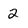
Character: 2